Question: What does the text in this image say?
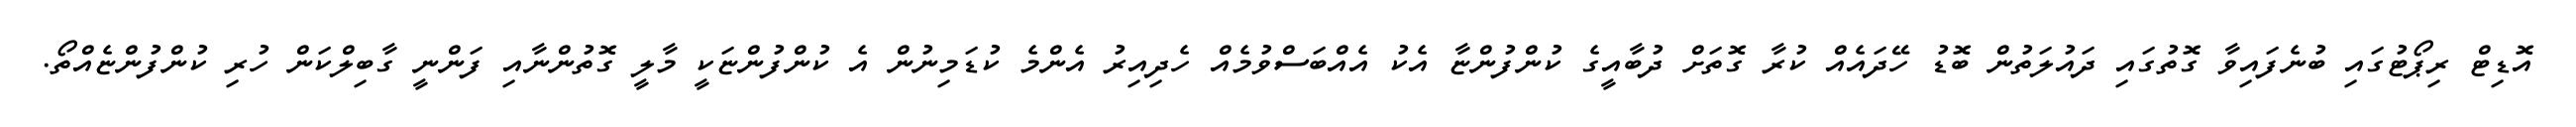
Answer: އޮޑިޓް ރިޕޯޓުގައި ބުނެފައިވާ ގޮތުގައި ދައުލަތުން ބޮޑު ހޭދައެއް ކުރާ ގޮތަށް ދުބާއީގެ ކުންފުންޏާ އެކު އެއްބަސްވުމެއް ހެދިއިރު އެންމެ ކުޑަމިނުން އެ ކުންފުންޏަކީ މާލީ ގޮތުންނާއި ފަންނީ ގާބިލްކަން ހުރި ކުންފުންޏެއްތޯ.